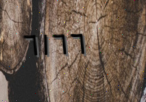
٦١٦٦